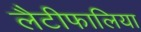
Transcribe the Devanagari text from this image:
लैटीफालिया